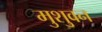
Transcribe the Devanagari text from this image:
मुशुवन